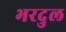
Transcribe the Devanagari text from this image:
भरदुल